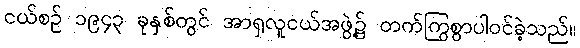
ငယ်စဉ် ၁၉၄၃ ခုနှစ်တွင် အာရှလူငယ်အဖွဲ့၌ တက်ကြွစွာပါဝင်ခဲ့သည်။